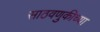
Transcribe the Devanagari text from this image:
साठवणुकीच्या